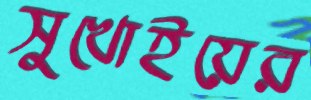
সুখোইয়ের